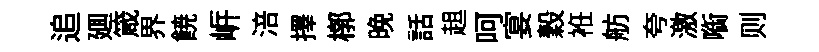
追廽箴界𩜙㟁涪擇槨晩話趄呵宴穀袵舫夸激㗸则